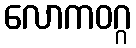
လောကဝဂ္ဂ